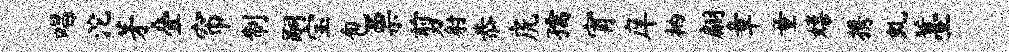
唱沱茅叠帘制嗣宝包票剪射恭虎孺宵庠衲翩章童嬉携虬薹